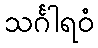
သင်္ဂါရဝံ